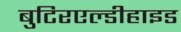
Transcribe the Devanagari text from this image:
बुटिरएल्डीहाइड